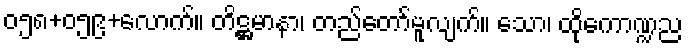
၀၅၈+၀၅၉+လောက်။ တိဋ္ဌမာနာ၊ တည်တော်မူလျက်။ သော၊ ထိုကောဏ္ဍည